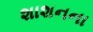
શાશનના